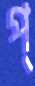
প্